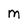
Character: M